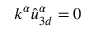
k ^ { \alpha } \hat { u } _ { 3 d } ^ { \alpha } = 0